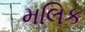
મલિક